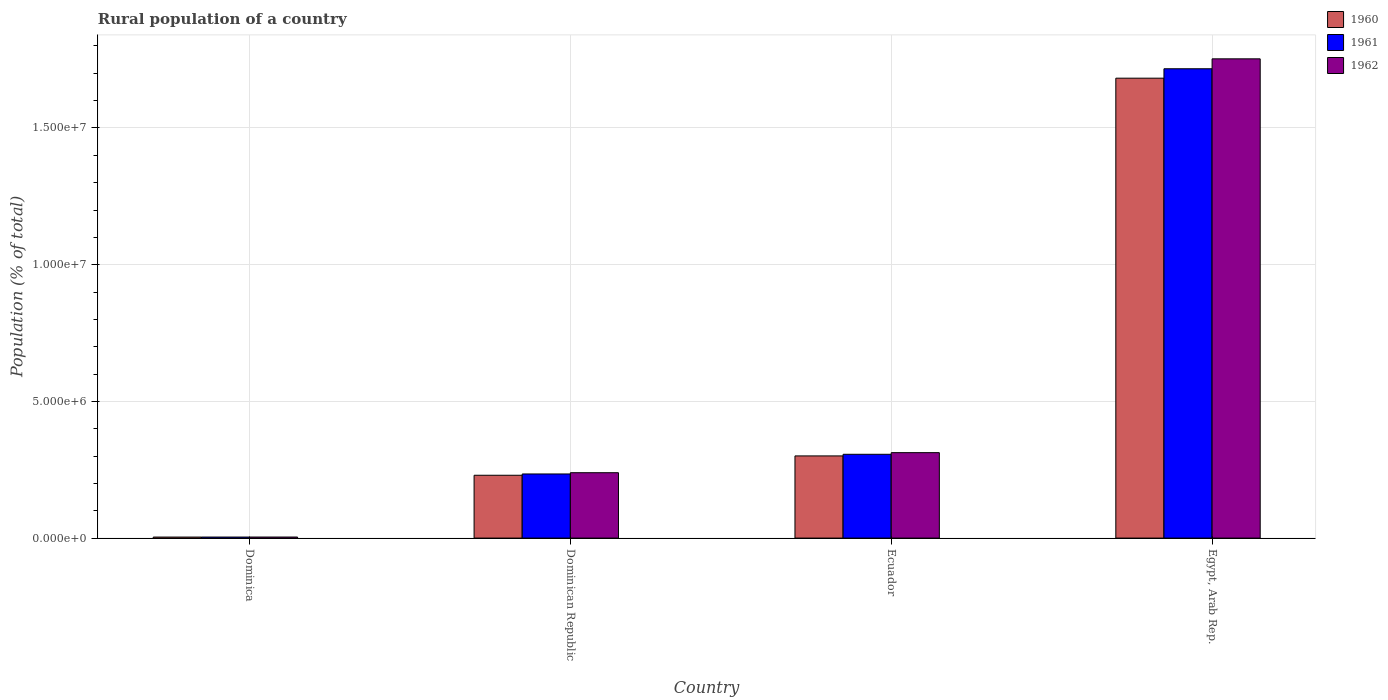
| Country | 1960 | 1961 | 1962 |
 | --- | --- | --- | --- |
 | Dominica | 3.73e+04 | 3.79e+04 | 3.84e+04 |
 | Dominican Republic | 2.3e+06 | 2.35e+06 | 2.39e+06 |
 | Ecuador | 3.01e+06 | 3.06e+06 | 3.13e+06 |
 | Egypt, Arab Rep. | 1.68e+07 | 1.72e+07 | 1.75e+07 |